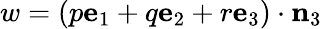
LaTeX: w=(p\mathbf{e}_{1}+q\mathbf{e}_{2}+r\mathbf{e}_{3})\cdot\mathbf{n}_{3}